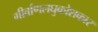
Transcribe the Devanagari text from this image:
गीर्वाणलघुकोशकार